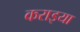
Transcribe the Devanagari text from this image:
कराइया